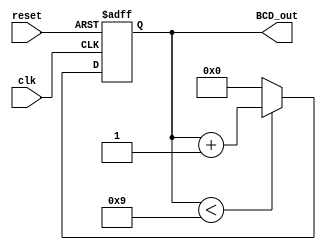
module BCD_Counter (
    input wire clk,           // Clock signal
    input wire reset,         // Asynchronous reset signal
    output reg [3:0] BCD_out  // 4-bit output for BCD representation
);

// Internal register to hold the current count
reg [3:0] count; 

// Always block for the counter operation
always @(posedge clk or posedge reset) begin
    if (reset) begin
        // Asynchronous reset
        count <= 4'b0000; // Set count to 0
    end else if (count < 4'b1001) begin
        // Increment count if less than 9
        count <= count + 1;
    end else begin
        // Reset count to 0 if it reaches 9
        count <= 4'b0000;
    end
end

// Continuous assignment to output the current count in BCD format
always @(*) begin
    BCD_out = count; // Output the current count
end

endmodule